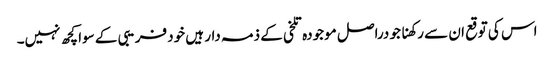
اس کی توقع ان سے رکھنا جو دراصل موجودہ تلخی کے ذمہ دار ہیں خود فریبی کے سوا کچھ نہیں۔